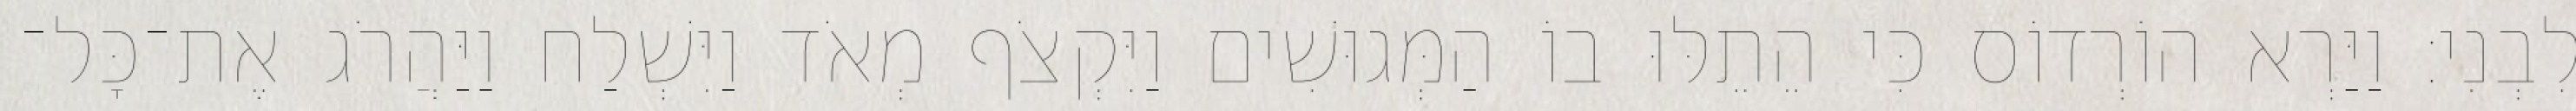
לִבְנִי׃ וַיַּרְא הוֹרְדוֹס כִּי הֵתֵלּוּ בוֹ הַמְּגוּשִׁים וַיִּקְצֹף מְאֹד וַיִּשְׁלַח וַיַּהֲרֹג אֶת־כָּל־